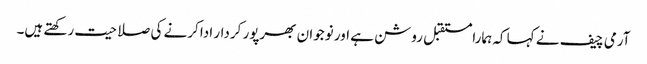
آرمی چیف نے کہا کہ ہمارامستقبل روشن ہے اور نوجوان بھرپور کردار ادا کرنے کی صلاحیت رکھتے ہیں۔